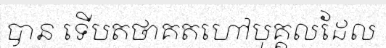
បាន ទើបតថាគតហៅបុគ្គលដែល